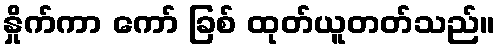
နှိုက်ကာ ကော် ခြစ် ထုတ်ယူတတ်သည်။